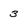
Character: 3